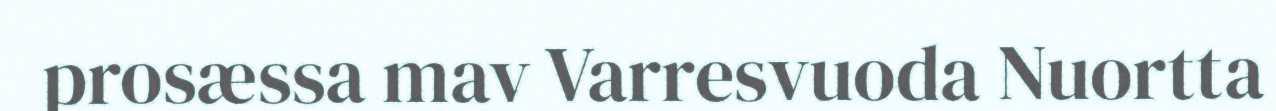
prosæssa mav Varresvuoda Nuortta